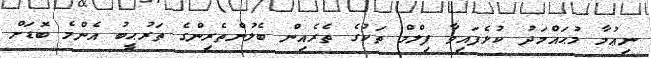
ނިޢުމާ މުޙައްމަދު ކުޅެފައިވާ ފިލްމް ތަކުގެ ތެރެއިން ބެލުންތެރިންގެ ތަރުޙީބު އެންމެ ބޮޑަށް